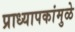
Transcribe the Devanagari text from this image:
प्राध्यापकांमुळे